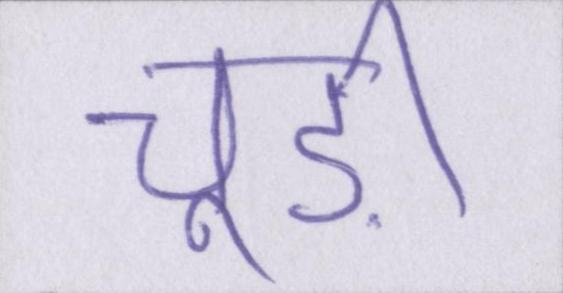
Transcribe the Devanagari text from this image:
चूड़ी